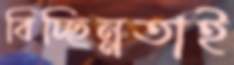
বিচ্ছিন্নতাই